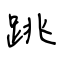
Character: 跳